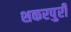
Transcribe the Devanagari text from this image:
शकरपुरी